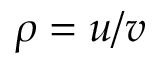
\rho = u / v